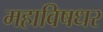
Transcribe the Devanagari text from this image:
महाविषधर